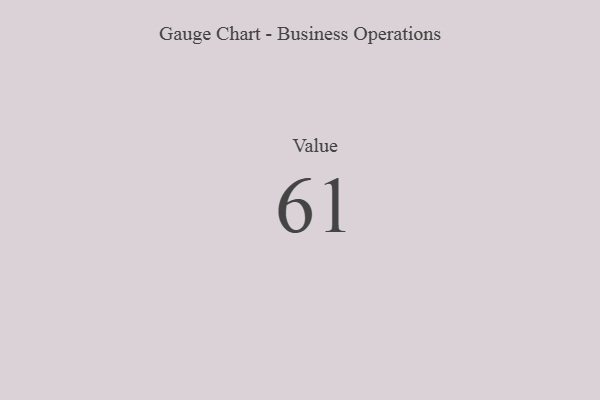
{"axis": {"x": "Metric", "y": "Value"}, "legend": [""], "data": [{"x": "Value", "y": 61, "type": ""}]}